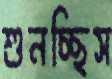
শুনচ্ছিস